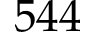
5 4 4